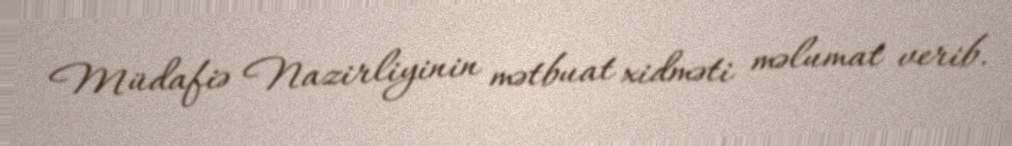
Müdafiə Nazirliyinin mətbuat xidməti məlumat verib.